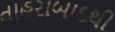
તાહરાબાદથી